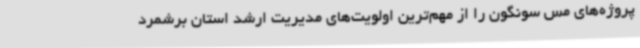
پروژه‌های مس سونگون را از مهم‌ترین اولویت‌های مدیریت ارشد استان برشمرد